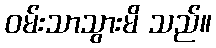
ဝမ်းသာသွားမိ သည်။